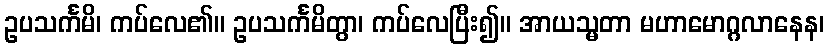
ဥပသင်္ကမိ၊ ကပ်လေ၏။ ဥပသင်္ကမိတွာ၊ ကပ်လေပြီး၍။ အာယသ္မတာ မဟာမောဂ္ဂလာနေန၊